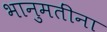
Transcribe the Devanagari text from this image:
भानुमतींना